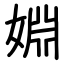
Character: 婣